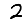
Digit: 2